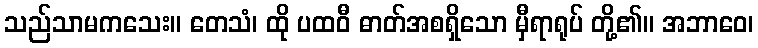
သည်သာမကသေး။ တေသံ၊ ထို ပထဝီ ဓာတ်အစရှိသော မှီရာရုပ် တို့၏။ အဘာဝေ၊